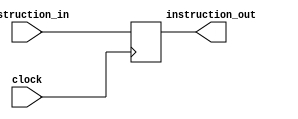
module if_id ( 
	input wire [31:0] instruction_in,
	input wire clock,
	
	output reg [31:0] instruction_out
);
	
	always @ (posedge clock) begin
		instruction_out = instruction_in;
	end	
	

endmodule